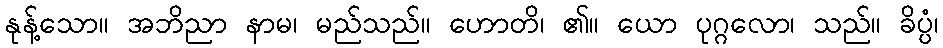
နုန့်သော။ အဘိညာ နာမ၊ မည်သည်။ ဟောတိ၊ ၏။ ယော ပုဂ္ဂလော၊ သည်။ ခိပ္ပံ၊